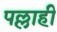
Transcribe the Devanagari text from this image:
पल्लाही